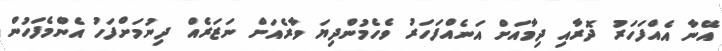
އޭނާ އެއްފަހަރު ދޮރާއި ދިމާއަށް އަނެއްފަހަރު ވެހެމުންދިޔަ ވާރެއަށް ނަޒަރެއް ދިނުމަށްފަހު އެންމެފަހުން